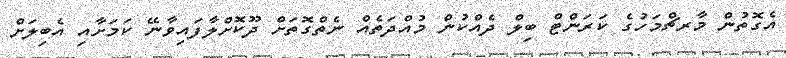
އެގޮތުން މާރޗްމަހުގެ ކަރަންޓް ބިލް ދެއްކުން މުއްދަތެއް ނެތްގޮތަށް ދޫކޮށްލާފައިވާނޭ ކަމަށާއި އެބިލަށް